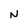
Character: N